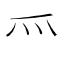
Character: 𱬴